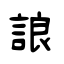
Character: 誏